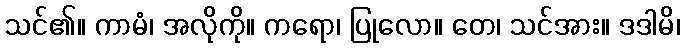
သင်၏။ ကာမံ၊ အလိုကို။ ကရော၊ ပြုလော။ တေ၊ သင်အား။ ဒဒါမိ၊